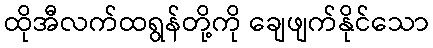
ထိုအီလက်ထရွန်တို့ကို ချေဖျက်နိုင်သော